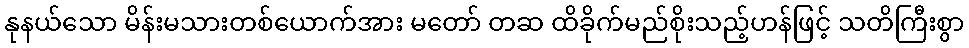
နုနယ်သော မိန်းမသားတစ်ယောက်အား မတော် တဆ ထိခိုက်မည်စိုးသည့်ဟန်ဖြင့် သတိကြီးစွာ